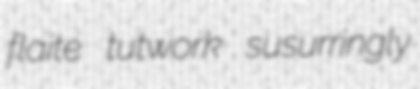
flaite tutwork susurringly